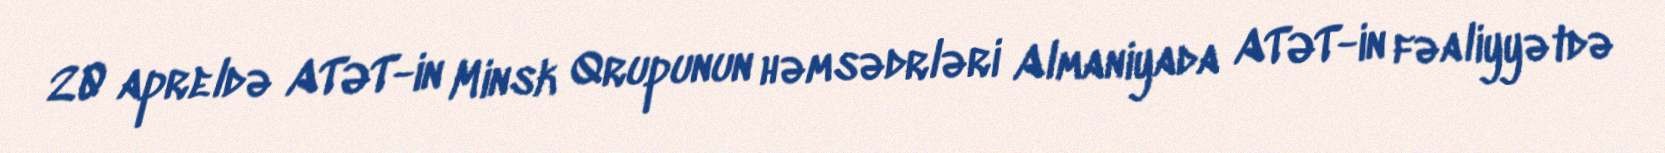
20 apreldə ATƏT-in Minsk Qrupunun həmsədrləri Almaniyada ATƏT-in fəaliyyətdə